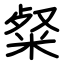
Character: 粲